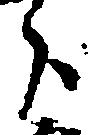
分